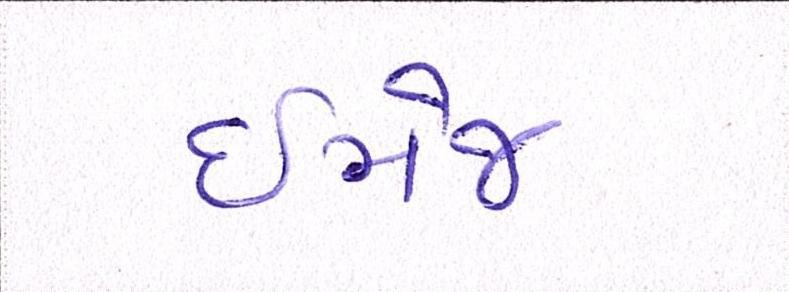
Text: ઇમેજ